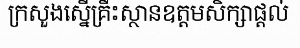
ក្រសួងស្នើគ្រឹះស្ថានឧត្តមសិក្សាផ្តល់